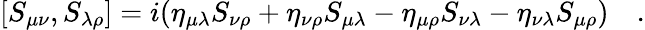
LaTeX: [S_{\mu\nu},S_{\lambda\rho}]=i(\eta_{\mu\lambda}S_{\nu\rho}+\eta_{\nu\rho}S_{\mu\lambda}-\eta_{\mu\rho}S_{\nu\lambda}-\eta_{\nu\lambda}S_{\mu\rho})~~~~.